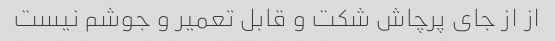
از از جای پرچاش شکت و قابل تعمیر و جوشم نیست